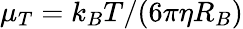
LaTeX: \mu_{T}=k_{B}T/(6\pi\eta R_{B})